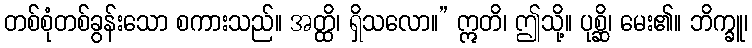
တစ်စုံတစ်ခွန်းသော စကားသည်။ အတ္ထိ၊ ရှိသလော။” ဣတိ၊ ဤသို့။ ပုစ္ဆိ၊ မေး၏။ ဘိက္ခူ၊